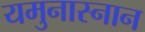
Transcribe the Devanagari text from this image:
यमुनास्नान